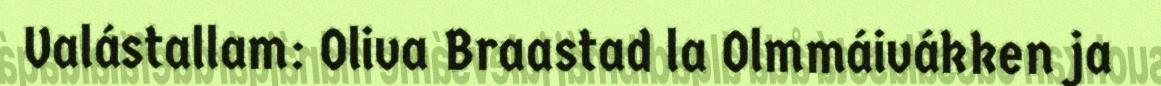
Valástallam: Oliva Braastad la Olmmáivákken ja